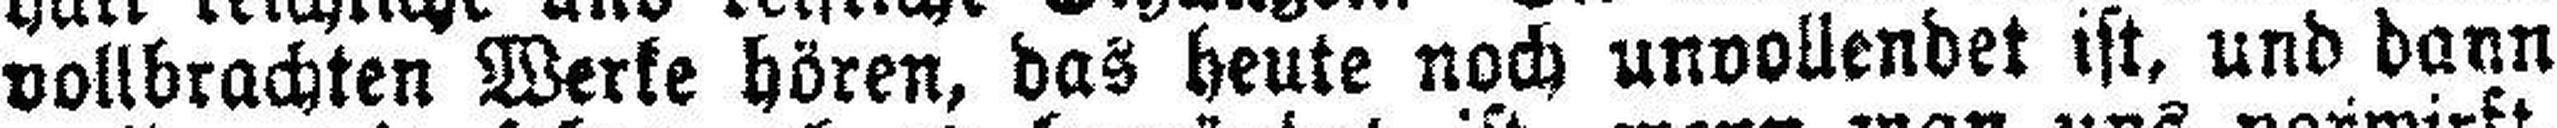
vollbrachten Werke hören, das heute noch unvollendet ist, und dann